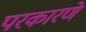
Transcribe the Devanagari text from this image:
परकारणे